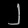
Digit: ၂